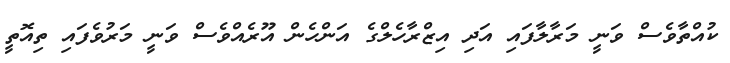
ކުއްތާވެސް ވަނީ މަރާލާފައި އަދި އިޒްރާހެލްގެ އަންހެން އޫރެއްވެސް ވަނީ މަރުވެފައި ތިއޮތީ